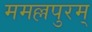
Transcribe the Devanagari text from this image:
ममल्लपुरम्